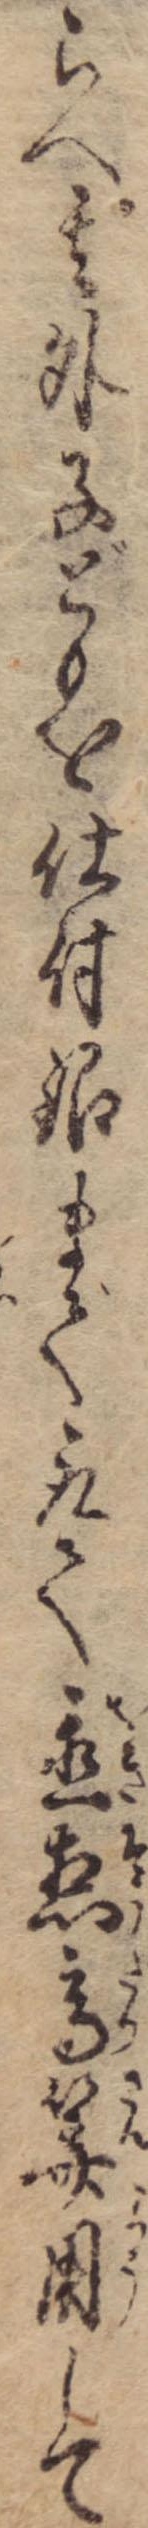
らへ其外子どもを仕付銀まで取て置惣高算用して